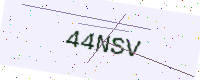
Text: 44NSV